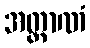
အတ္တာဏံ